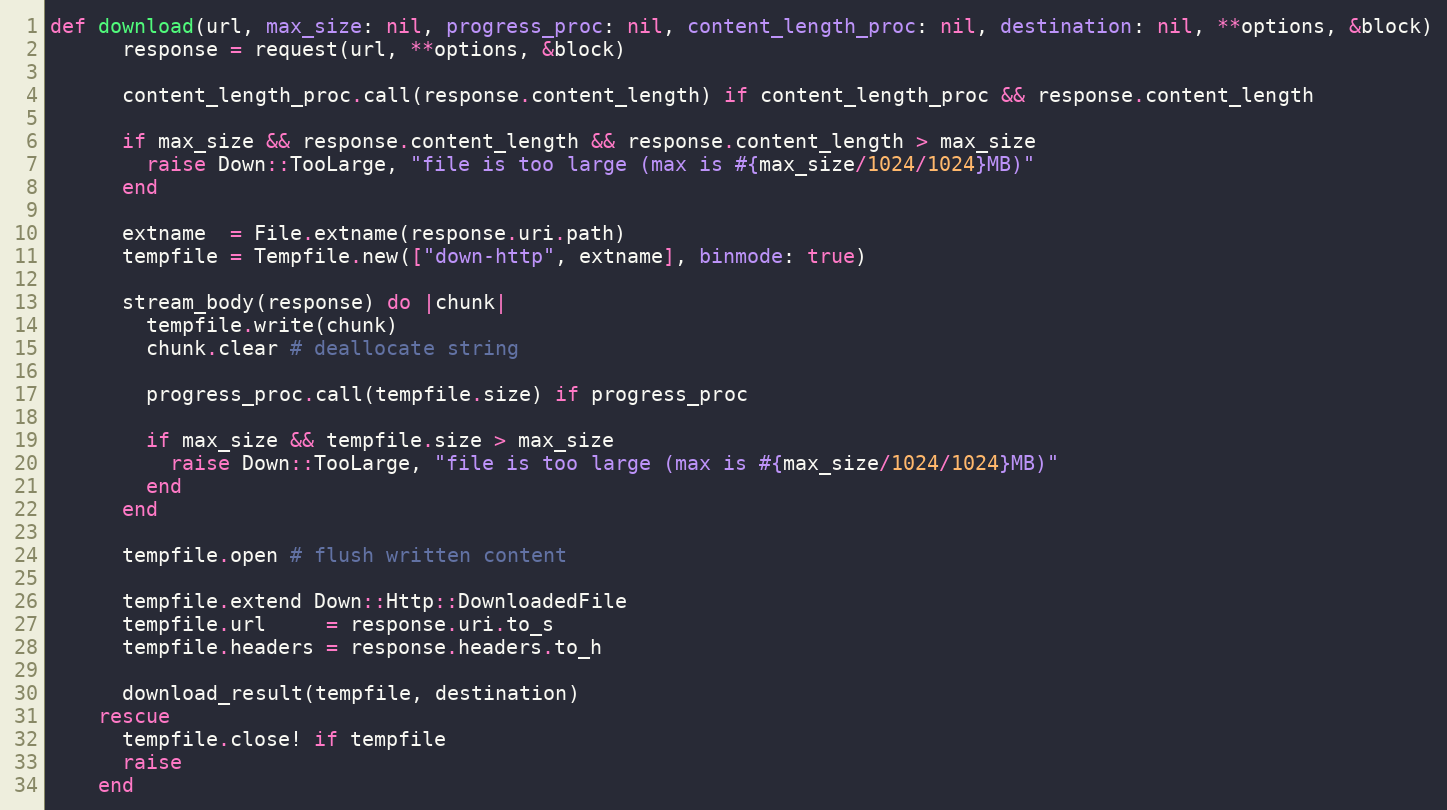
Language: Ruby
def download(url, max_size: nil, progress_proc: nil, content_length_proc: nil, destination: nil, **options, &block)
      response = request(url, **options, &block)

      content_length_proc.call(response.content_length) if content_length_proc && response.content_length

      if max_size && response.content_length && response.content_length > max_size
        raise Down::TooLarge, "file is too large (max is #{max_size/1024/1024}MB)"
      end

      extname  = File.extname(response.uri.path)
      tempfile = Tempfile.new(["down-http", extname], binmode: true)

      stream_body(response) do |chunk|
        tempfile.write(chunk)
        chunk.clear # deallocate string

        progress_proc.call(tempfile.size) if progress_proc

        if max_size && tempfile.size > max_size
          raise Down::TooLarge, "file is too large (max is #{max_size/1024/1024}MB)"
        end
      end

      tempfile.open # flush written content

      tempfile.extend Down::Http::DownloadedFile
      tempfile.url     = response.uri.to_s
      tempfile.headers = response.headers.to_h

      download_result(tempfile, destination)
    rescue
      tempfile.close! if tempfile
      raise
    end